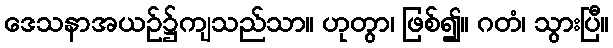
ဒေသနာအယဉ်၌ကျသည်သာ။ ဟုတွာ၊ ဖြစ်၍။ ဂတံ၊ သွားပြီ။